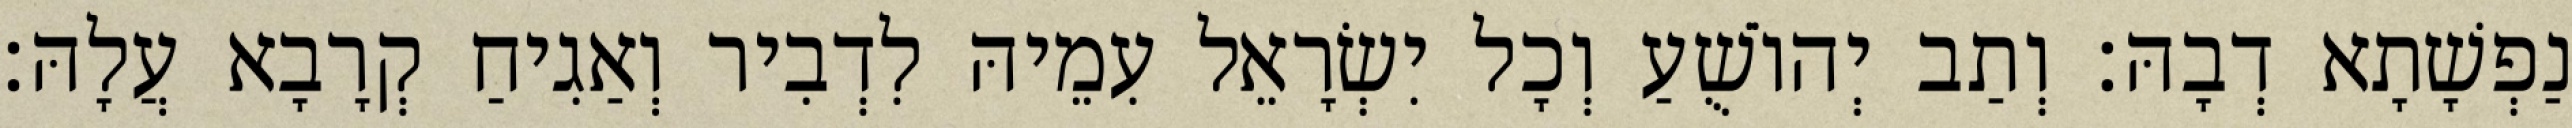
נַפְשָׁתָא דְבָהּ׃ וְתַב יְהוֹשֻׁעַ וְכָל יִשְׂרָאֵל עִמֵיהּ לִדְבִיר וְאַגִיחַ קְרָבָא עֲלָהּ׃